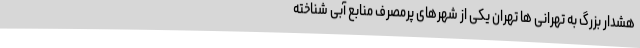
هشدار بزرگ به تهرانی ها تهران یکی از شهرهای پرمصرف منابع آبی شناخته